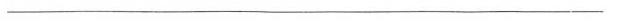
__________________________________________